Juri_Uluots, lk 4
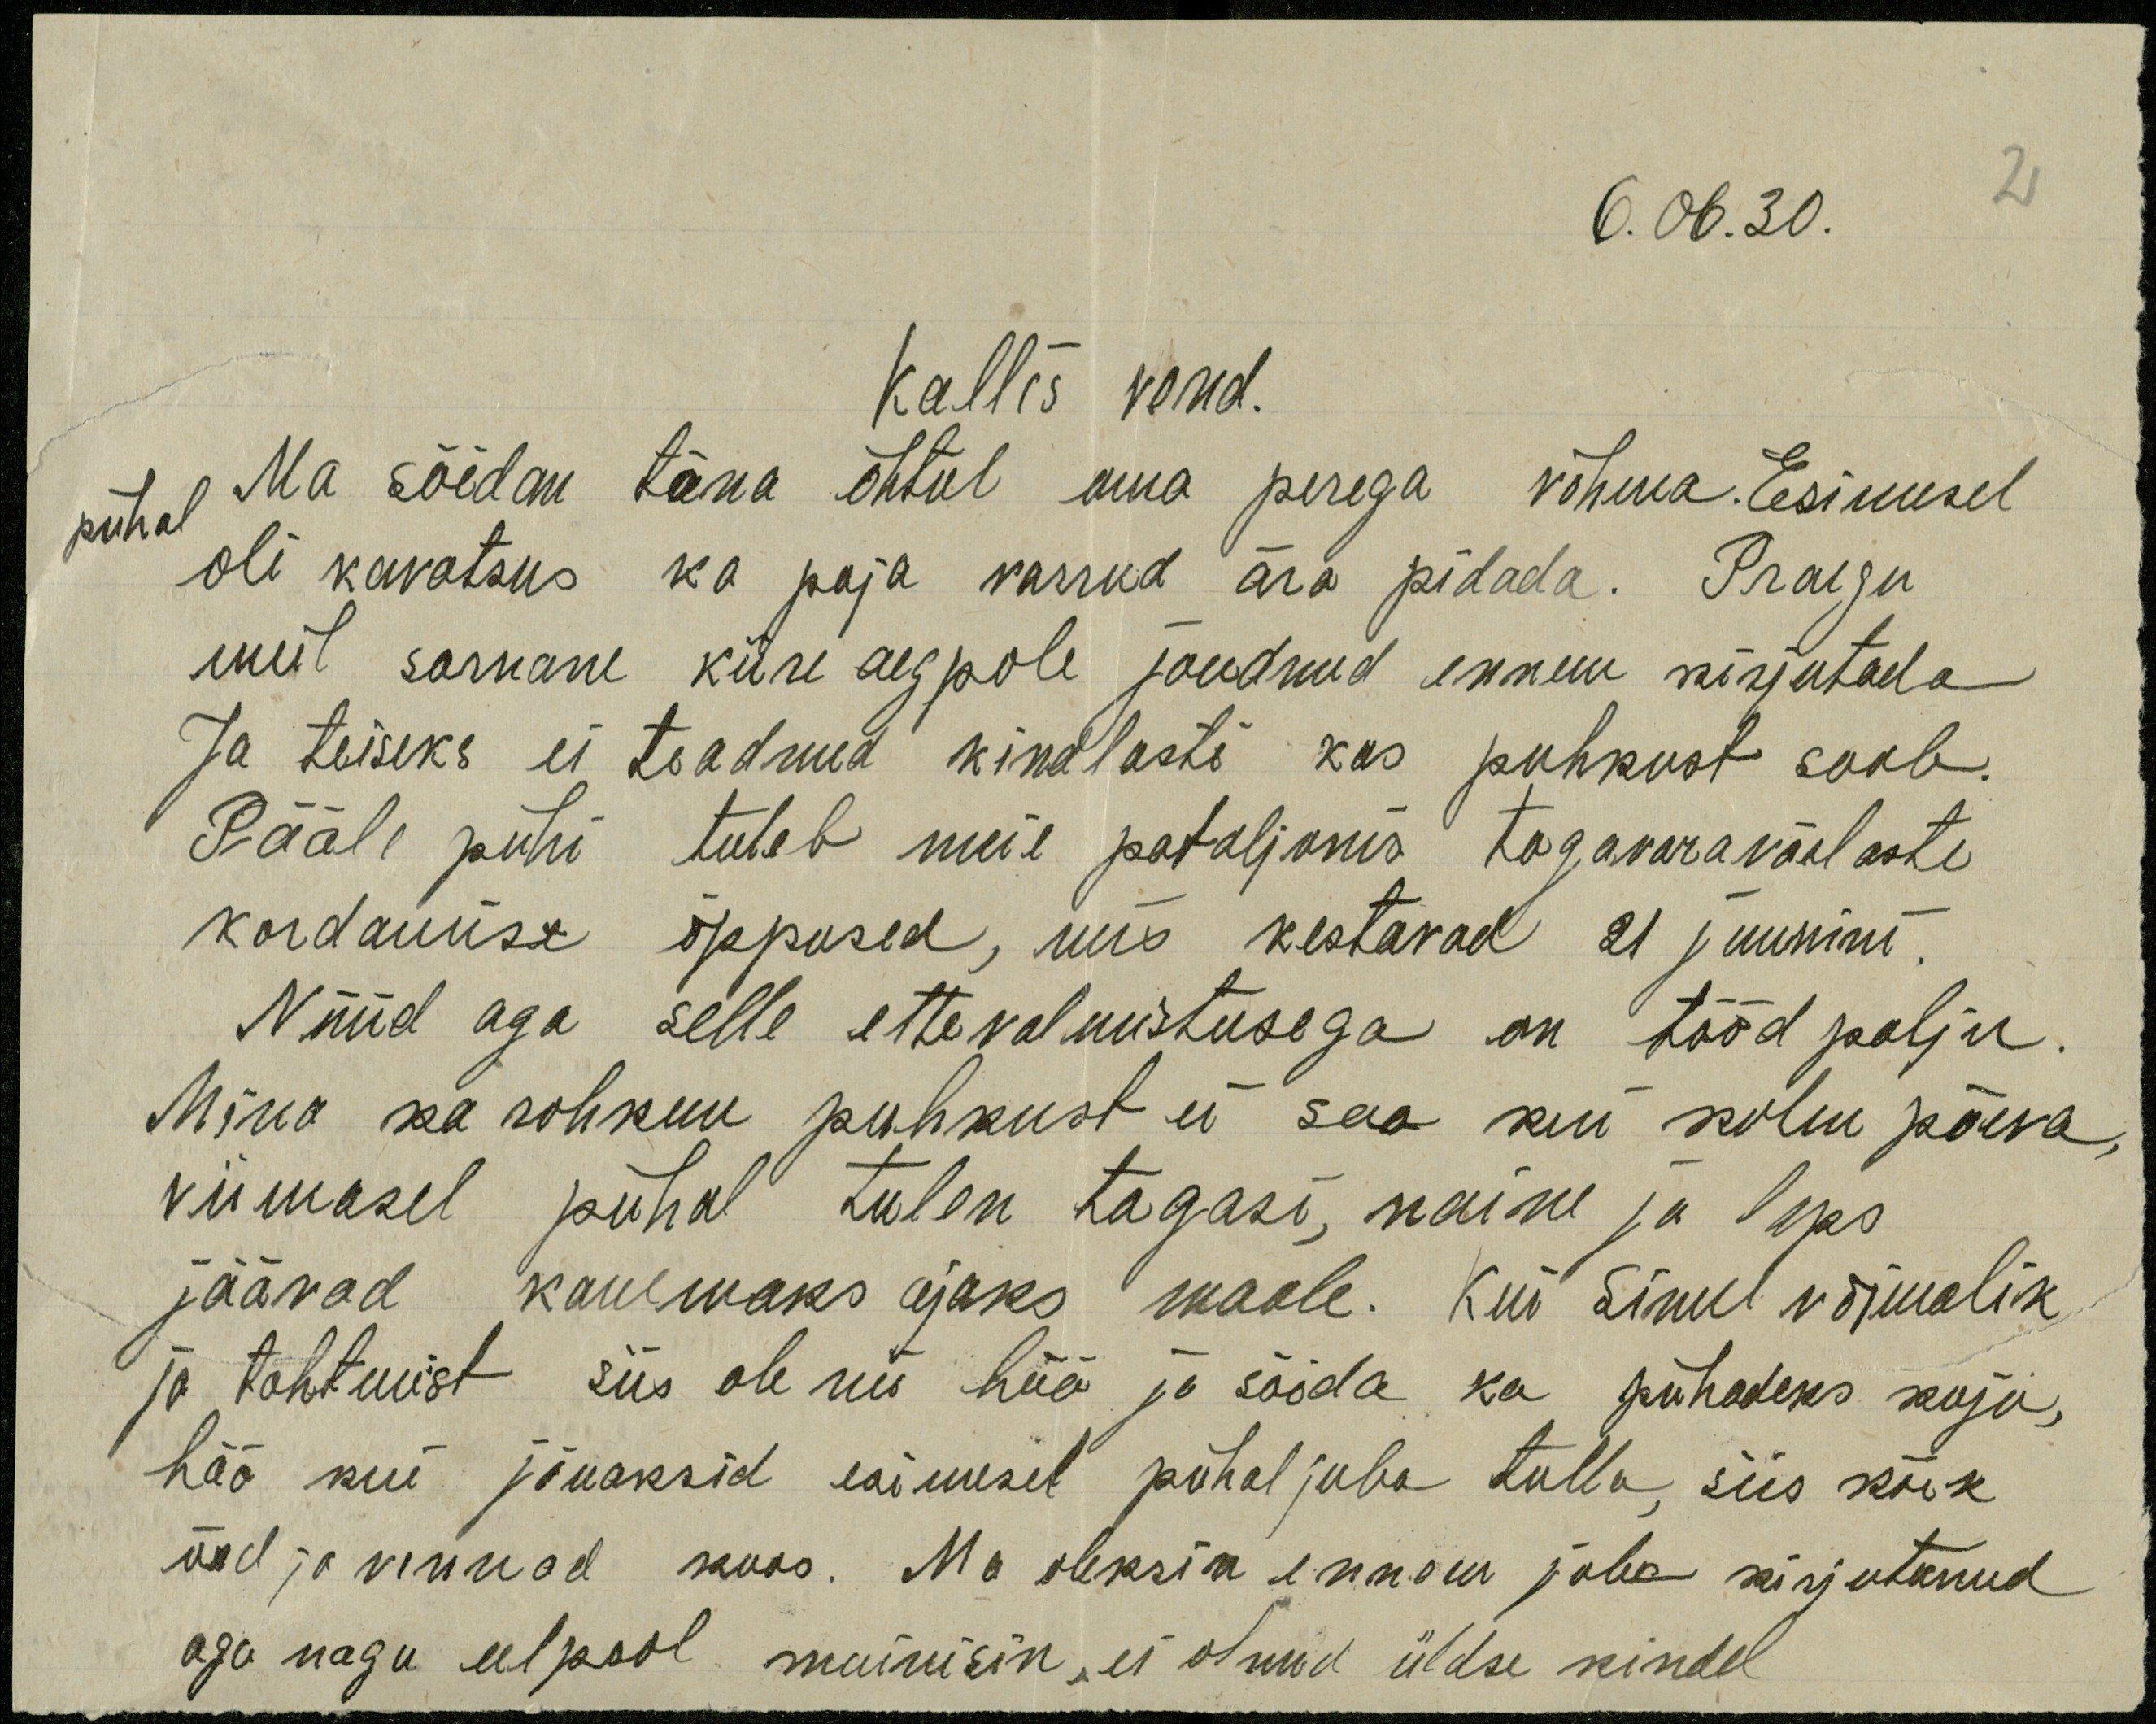
6.06.30.
Kallis vend.
Ma sõidan täna õhtul oma perega võhma. Esimesel
pühal
oli kavatsus ka poja varrud ära pidada. Praegu
meil sarnane kiire aeg pole jõudnud ennem kirjutada
Ja teiseks ei teadnud kindlasti kas puhkust saab.
Pääle pühi tuleb meil pataljonis tagavaraväelaste
kordamise õppused, mis kestavad 21 juunini.
Nüüd aga selle ettevalmistusega on tööd palju.
Mina ka rohkem puhkust ei saa kui kolm päeva,
viimasel pühal tulen tagasi, naine ja laps
jäävad kauemaks ajaks maale. Kui Sinul võimalik
ja tahtmist siis ole nii hää ja sõida ka pühadeks koju,
hää kui jõuaksid esimesel pühal juba tulla, siis kõik
õed ja vennad koos. Ma oleksin ennem juba kirjutanud
aga nagu eelpool mainisin, ei olnud üldse kindel